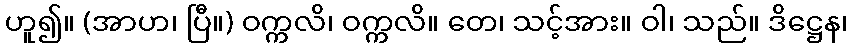
ဟူ၍။ (အာဟ၊ ပြီ။) ဝက္ကလိ၊ ဝက္ကလိ။ တေ၊ သင့်အား။ ဝါ၊ သည်။ ဒိဋ္ဌေန၊